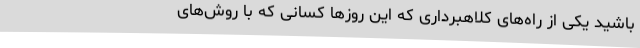
باشید یکی از راه‌های کلاهبرداری که این روزها کسانی که با روش‌های